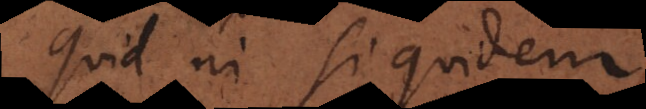
Quid ni? Si quidem